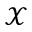
\mathcal X